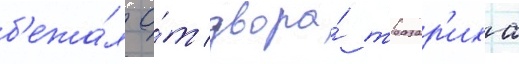
б'ежа́л о́т двора́ тразар'иха